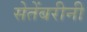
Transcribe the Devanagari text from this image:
सेतेंबरीनी